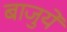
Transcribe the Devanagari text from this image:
बाजुयें